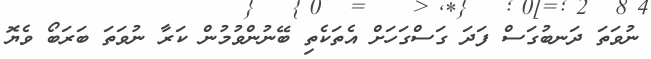
ނުވަތަ ދަނބުގަސް ފަދަ ގަސްގަހަށް އެތަކެތި ބޭނުންވުމުން ކަރާ ނުވަތަ ބަރަބޯ ވެޔޮ